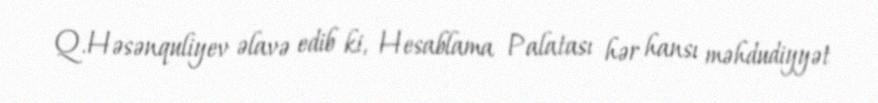
Q.Həsənquliyev əlavə edib ki, Hesablama Palatası hər hansı məhdudiyyət